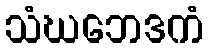
သံဃဘေဒကံ